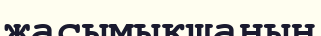
жасымықшаның